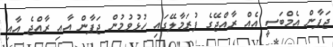
ޖަޕާން އެމްބަސީ އެއް ރާއްޖޭގެ ފުރަމާލޭގައި ހުޅުވުމުން ޖަޕާން އާއި ރާއްޖެ އާއި